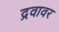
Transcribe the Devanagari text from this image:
द्रवावर